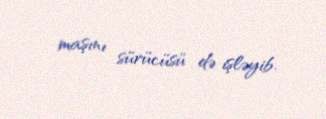
maşını sürücüsü də işləyib.